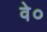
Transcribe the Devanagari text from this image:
वे०